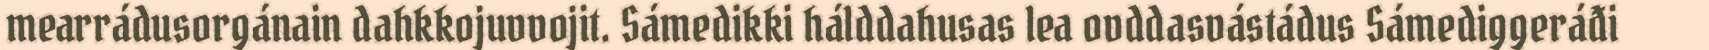
mearrádusorgánain dahkkojuvvojit. Sámedikki hálddahusas lea ovddasvástádus Sámediggeráđi